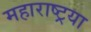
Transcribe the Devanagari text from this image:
महाराष्ट्रया